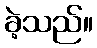
ခဲ့သည်။